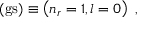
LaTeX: ( \mathrm { g s } ) \equiv \left( n _ { r } = 1 , l = 0 \right) \; ,